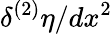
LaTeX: \delta^{(2)}\eta/dx^{2}